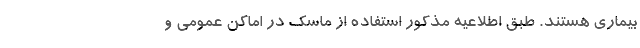
بیماری هستند. طبق اطلاعیه مذکور استفاده از ماسک در اماکن عمومی و